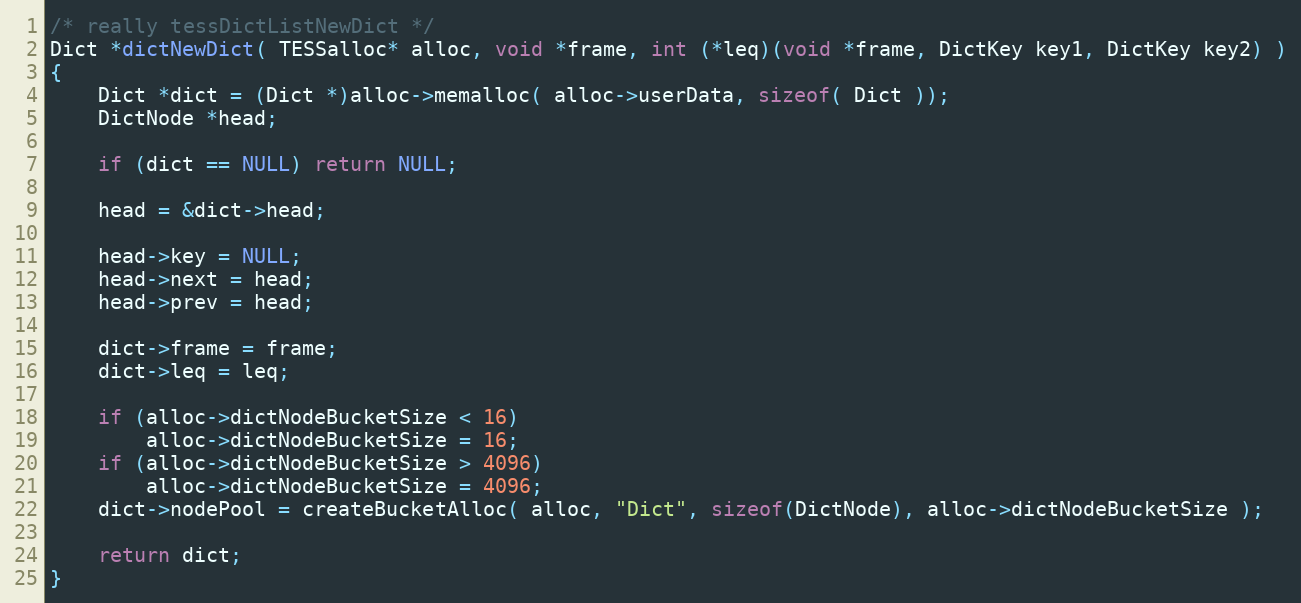
Language: C
/* really tessDictListNewDict */
Dict *dictNewDict( TESSalloc* alloc, void *frame, int (*leq)(void *frame, DictKey key1, DictKey key2) )
{
	Dict *dict = (Dict *)alloc->memalloc( alloc->userData, sizeof( Dict ));
	DictNode *head;

	if (dict == NULL) return NULL;

	head = &dict->head;

	head->key = NULL;
	head->next = head;
	head->prev = head;

	dict->frame = frame;
	dict->leq = leq;

	if (alloc->dictNodeBucketSize < 16)
		alloc->dictNodeBucketSize = 16;
	if (alloc->dictNodeBucketSize > 4096)
		alloc->dictNodeBucketSize = 4096;
	dict->nodePool = createBucketAlloc( alloc, "Dict", sizeof(DictNode), alloc->dictNodeBucketSize );

	return dict;
}